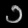
Digit: ၁